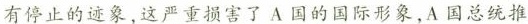
有停止的迹象，这严重损害了A国的国际形象，A国总统推